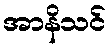
အာနိသင်